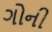
ગોની